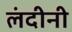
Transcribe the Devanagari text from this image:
लंदीनी